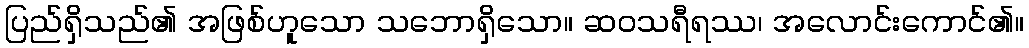
ပြည်ရှိသည်၏ အဖြစ်ဟူသော သဘောရှိသော။ ဆဝသရီရဿ၊ အလောင်းကောင်၏။